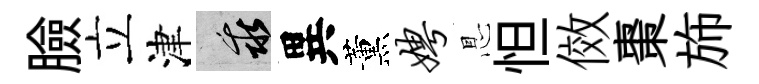
臉立津乖異薰娉㤙怛傚棗斾